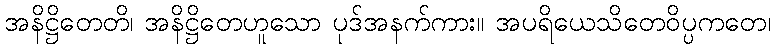
အနိဋ္ဌိတေတိ၊ အနိဋ္ဌိတေဟူသော ပုဒ်အနက်ကား။ အပရိယေသိတေဝိပ္ပကတေ၊